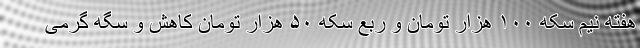
هفته نیم سکه ۱۰۰ هزار تومان و ربع سکه ۵۰ هزار تومان کاهش و سگه گرمی